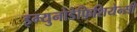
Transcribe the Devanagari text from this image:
इम्युनोडेफ़िशियेन्सी